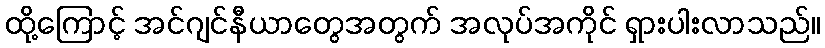
ထို့ကြောင့် အင်ဂျင်နီယာတွေအတွက် အလုပ်အကိုင် ရှားပါးလာသည်။